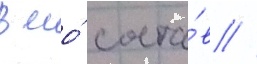
в его́ соста́в //